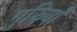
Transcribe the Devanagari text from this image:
गुझियाँ